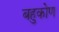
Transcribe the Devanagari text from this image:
बहुकोण